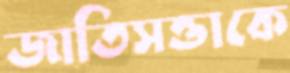
জাতিসত্তাকে